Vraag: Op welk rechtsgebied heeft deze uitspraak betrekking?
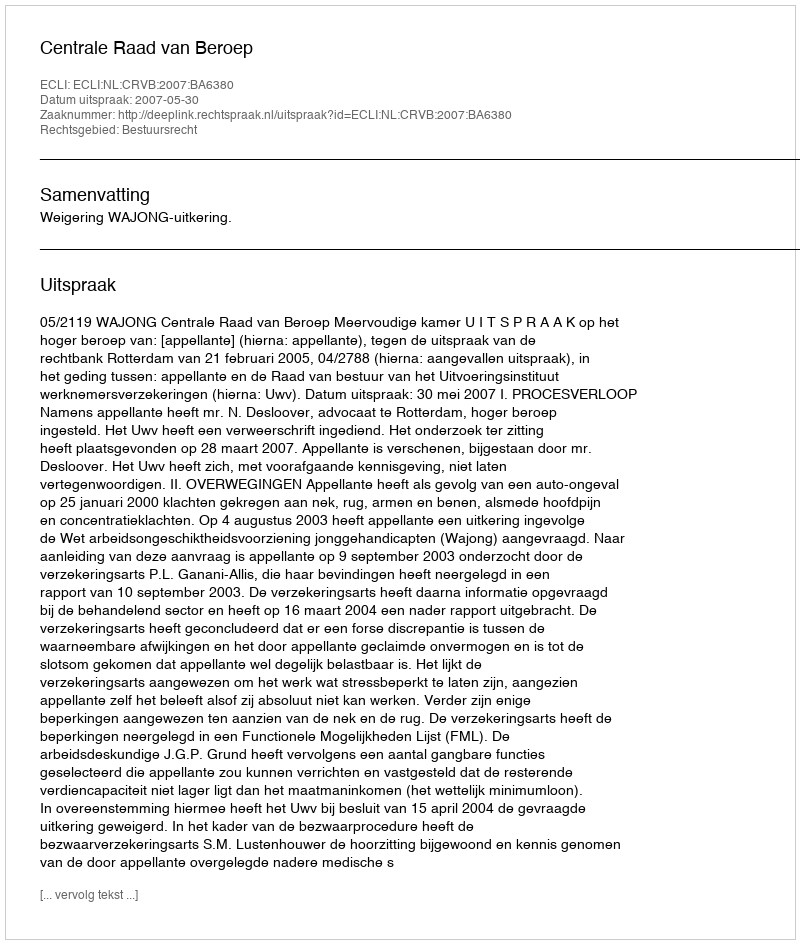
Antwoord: Bestuursrecht